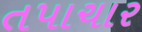
તપાચાર